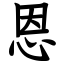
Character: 恩